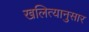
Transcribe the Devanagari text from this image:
खलित्यानुसार